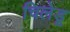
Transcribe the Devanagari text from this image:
चिलेडू